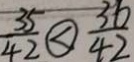
\frac { 3 5 } { 4 2 } \textcircled { < } \frac { 3 6 } { 4 2 }